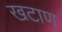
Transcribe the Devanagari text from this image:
खटाण